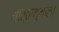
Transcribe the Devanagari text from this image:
थात्ताथुमाला